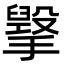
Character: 㩓